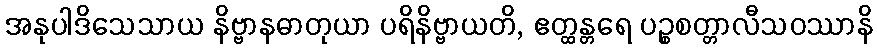
အနုပါဒိသေသာယ နိဗ္ဗာနဓာတုယာ ပရိနိဗ္ဗာယတိ, ဧတ္ထန္တရေ ပဉ္စစတ္တာလီသဝဿာနိ